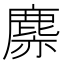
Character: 𪊳